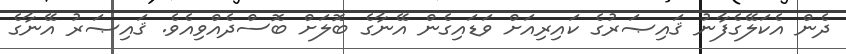
ދެން އެކަލޭގެފާނު ޤައިޞަރުގެ ކައިރިއަށް ވަޑައިގެން އޭނާގެ ބޮލަށް ބޮސްދެއްވިއެވެ. ޤައިޞަރު އޭނާގެ